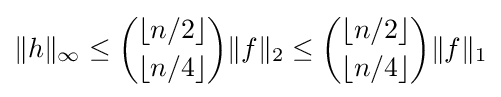
\|h\|_{\infty }\leq {\binom {\lfloor n/2\rfloor }{\lfloor n/4\rfloor }}\|f\|_{2}\leq {\binom {\lfloor n/2\rfloor }{\lfloor n/4\rfloor }}\|f\|_{1}